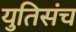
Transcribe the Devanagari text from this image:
युतिसंच